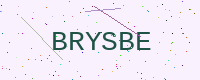
Text: BRYSBE